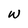
Character: w